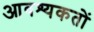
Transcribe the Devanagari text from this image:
आवश्यकतों